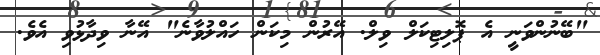
"ބޭނުންވަނީ އެ ޕޮލިޓިކަލް ވިލް. އޭރުން މިކަން ހައްލުވާނެ" އޭނާ ވިދާޅުވި އެވެ.